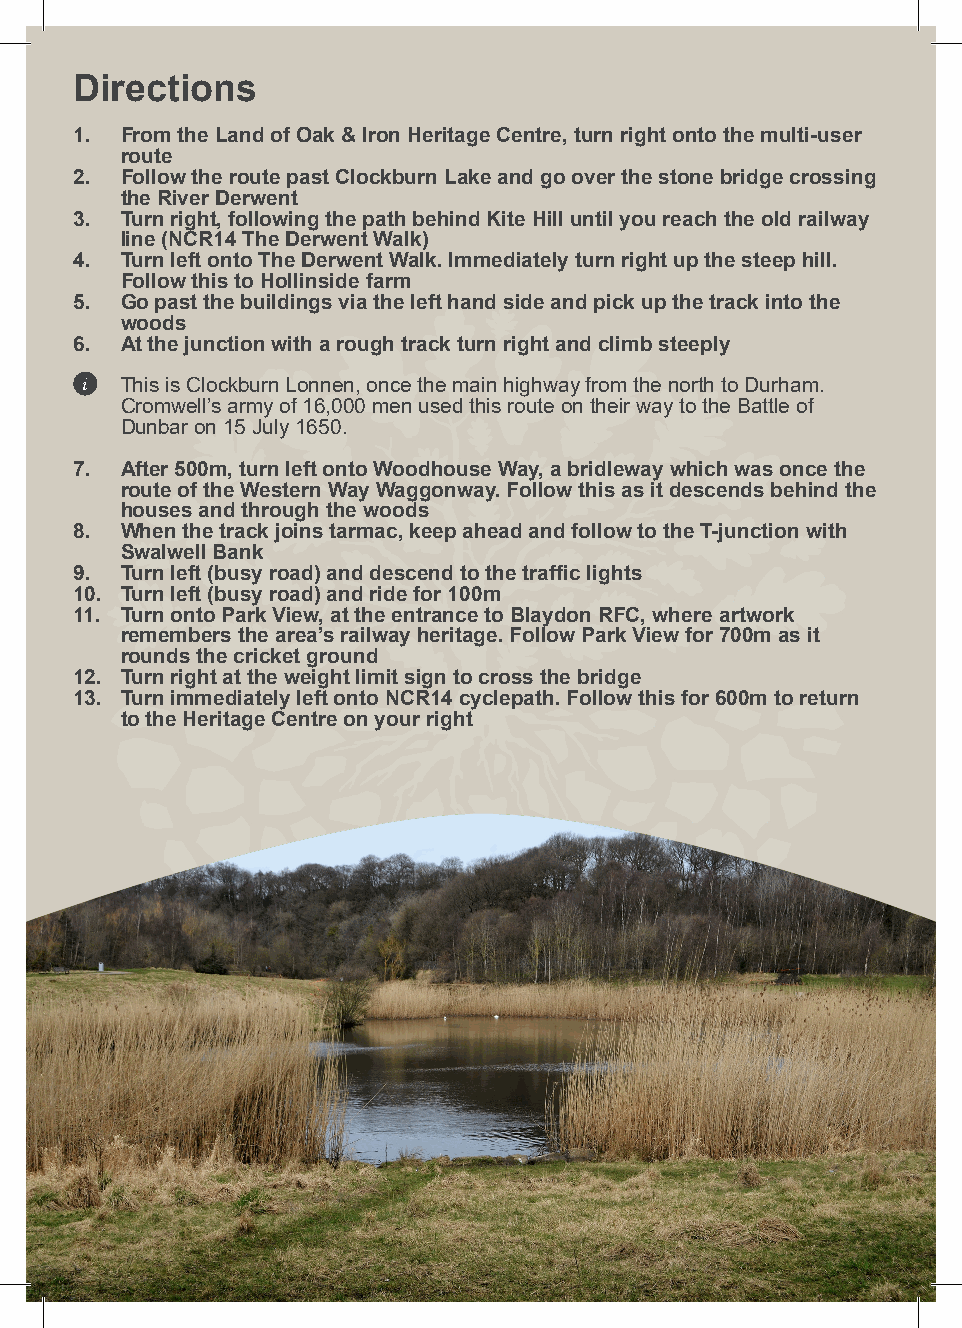
Directions
 1. From the Land of Oak & Iron Heritage Centre, turn right onto the multi-user
 route
 2. Follow the route past Clockburn Lake and go over the stone bridge crossing
 the River Derwent
 3. Turn right, following the path behind Kite Hill until you reach the old railway
 line (NCR14 The Derwent Walk)
 4. Turn left onto The Derwent Walk. Immediately turn right up the steep hill.
 Follow this to Hollinside farm
 5. Go past the buildings via the left hand side and pick up the track into the
 woods
 6. At the junction with a rough track turn right and climb steeply
 i  This is Clockburn Lonnen, once the main highway from the north to Durham.
 Cromwell’s army of 16,000 men used this route on their way to the Battle of
 Dunbar on 15 July 1650.
 7. After 500m, turn left onto Woodhouse Way, a bridleway which was once the
 route of the Western Way Waggonway. Follow this as it descends behind the
 houses and through the woods
 8. When the track joins tarmac, keep ahead and follow to the T-junction with
 Swalwell Bank
 9. Turn left (busy road) and descend to the traffic lights
 10. Turn left (busy road) and ride for 100m
 11. Turn onto Park View, at the entrance to Blaydon RFC, where artwork
 remembers the area’s railway heritage. Follow Park View for 700m as it
 rounds the cricket ground
 12. Turn right at the weight limit sign to cross the bridge
 13. Turn immediately left onto NCR14 cyclepath. Follow this for 600m to return
 to the Heritage Centre on your right